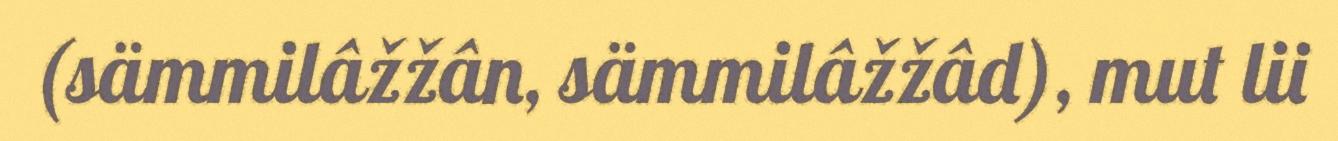
(sämmilâžžân, sämmilâžžâd), mut lii